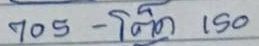
705 - โต๊ด 150